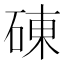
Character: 𥓝